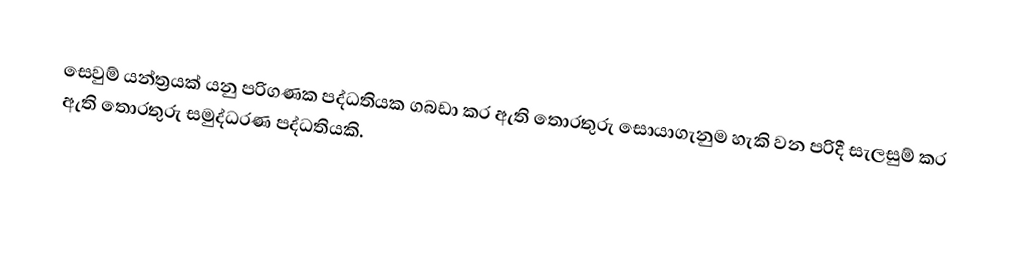
සෙවුම් යන්ත්‍රයක් යනු පරිගණක පද්ධතියක ගබඩා කර ඇති තොරතුරු සොයාගැනුම හැකි වන පරිදී සැලසුම් කර ඇති  තොරතුරු සමුද්ධරණ පද්ධතියකි.